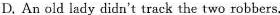
D. An old lady didn't track the two robbers.